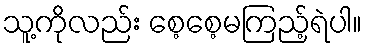
သူ့ကိုလည်း စေ့စေ့မကြည့်ရဲပါ။